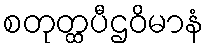
စတုတ္ထပီဌဝိမာနံ